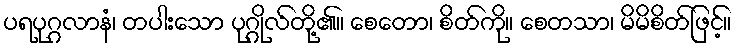
ပရပုဂ္ဂလာနံ၊ တပါးသော ပုဂ္ဂိုလ်တို့၏။ စေတော၊ စိတ်ကို။ စေတသာ၊ မိမိစိတ်ဖြင့်။